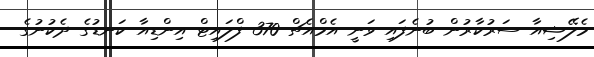
މެލޭޝިއާ ސަރުކާރުން ބުނެފައި ވަނީ އެމްއެޗް 370 ފްލައިޓް އިންޑިއާ ކަނޑުގެ ދެކުނުގެ